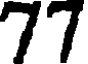
77